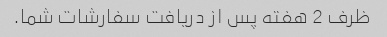
ظرف 2 هفته پس از دریافت سفارشات شما.